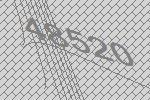
48520